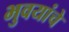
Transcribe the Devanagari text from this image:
भुवयांचे